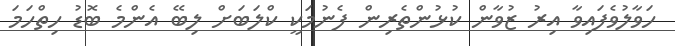
ހަވާލުވެފައިވާ އިރު ޒުވާން ކުޅުންތެރިން ފެނުމަކީ ކްލަބަށް ލިބޭ އެންމެ ބޮޑު ހިތްހަމަ